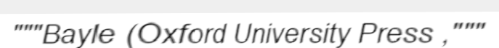
"""Bayle (Oxford University Press ,"""